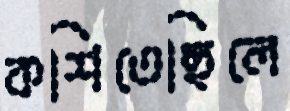
কশিতেছিলে